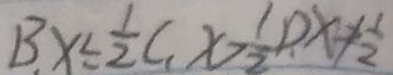
B . x \leq \frac { 1 } { 2 } , C . x > \frac { 1 } { 2 } , D . x \neq \frac { 1 } { 2 }